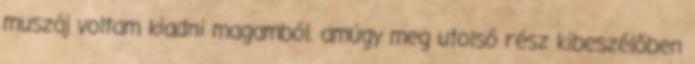
muszáj voltam kiadni magamból. amúgy meg utolsó rész kibeszélőben